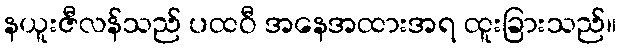
နယူးဇီလန်သည် ပထဝီ အနေအထားအရ ထူးခြားသည်။